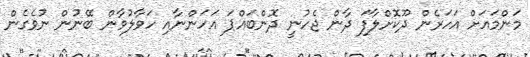
މަންމައަށް އަހަރެން ދޫކޮށްލާފަ ދާން ޖެހުނީ ދޮންބައްޕަ އަހަންނާއި ހަވާލުވާން ބޭނުން ނުވެގެން